Vaccination report Assam 1874-1896 - 1874-1896
Year: 1874
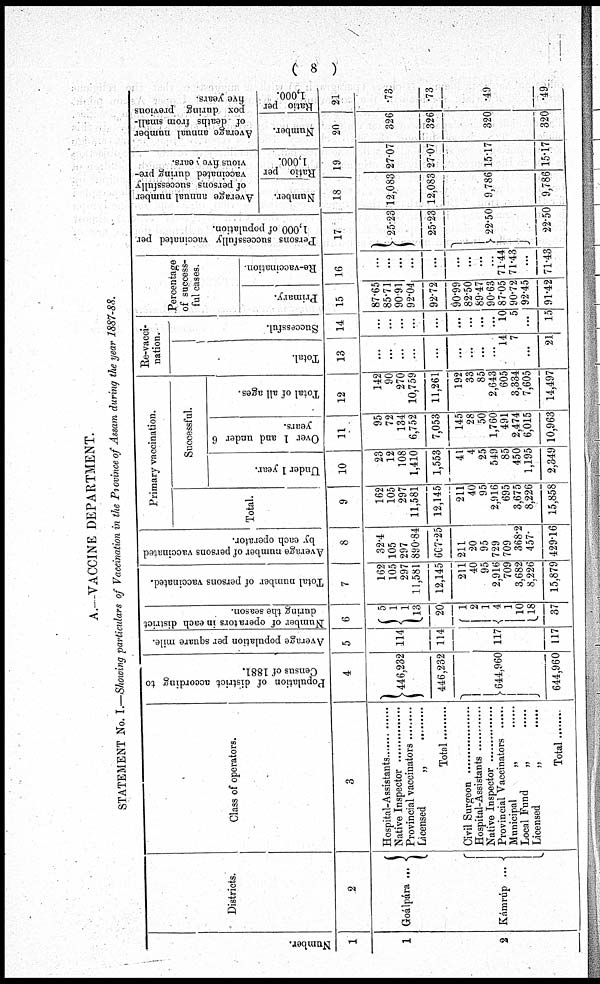
( 8 )
A.—VACCINE DEPARTMENT.
STATEMENT No. I.—Showing particulars of Vaccination in the Province of Assam during the year 1887-88.
Number.
1
1
2
Districts.
2
Goálpára ...
Kámrúp ...
Class of operators.
3
Hospital-Assistants ...............
Native Inspector ...............
Provincial vaccinators .........
Licensed „ .........
Total
Civil Surgeon ..................
Hospital-Assistants ...............
Native Inspector ...............
Provincial vaccinators .........
Municipal „ ......
Local Fund „ ......
Licensed „ ......
Total .........
Population of district according to
Census of 1881.
4
446,232
446,232
644,960
644,960
Average population per square mile.
5
114
114
117
117
Number of operators in each district
during the season.
6
5
1
1
13
20
1
2
1
4
1
10
18
37
Total number of persons vaccinated.
7
162
105
297
11,581
12,145
211
40
95
2,916
709
3,682
8,226
15,879
Average number of persons vaccinated
by each operator.
8
32.4
105
297
890.84
607.25
211
20
95
729
709
368.2
457.
429.16
Primary vaccination.
Total.
9
162
105
297
11,581
12,145
211
40
95
2,916
695
3,675
8,226
15,858
Successful.
Under 1 year.
10
23
12
108
1,410
1,553
41
4
25
549
85
450
1,195
2,349
Over 1 and under 6
years.
11
95
72
134
6,752
7,053
145
28
50
1,760
491
2,474
6,015
10,963
Total of all ages.
12
142
90
270
10,759
11,261
192
33
85
2,643
605
3,334
7,605
14,497
Re-vacci-
nation.
Total.
13
...
...
...
...
...
...
...
...
...
14
7
...
21
Successful.
14
...
...
...
...
...
...
...
...
...
10
5
...
15
Percentage
of success-
ful cases.
Primary.
15
87.65
85.71
90.91
92.04
92.72
90.99
82.50
89.47
90.63
87.05
90.72
92.45
91.42
Re-vaccination.
16
...
...
...
...
...
...
...
...
...
71.44
71.43
...
71.43
Persons successfully vaccinated per
1,000 of population.
17
25.23
25.23
22.50
22.50
Average annual number
of persons successfully
vaccinated during pre-
vious five years.
Number.
18
12,083
12,083
9,786
9,786
Ratio per
1,000.
19
27.07
27.07
15.17
15.17
Average annual number
of deaths from small-
pox during previous
five years.
Number.
20
326
326
320
320
Ratio per
1,000.
21
.73
.73
.49
.49